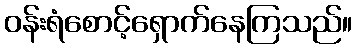
ဝန်းရံစောင့်ရှောက်နေကြသည်။